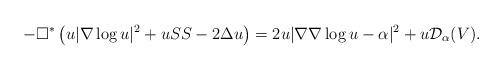
LaTeX: \begin{align*}-\Box^{\ast}\left(u|\nabla\log u|^2+u\SS-2\Delta u\right)=2u|\nabla\nabla\log u-\alpha|^2+u\mathcal D_\alpha(V).\end{align*}